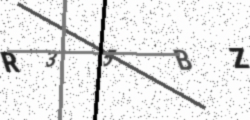
Text: R35BZ